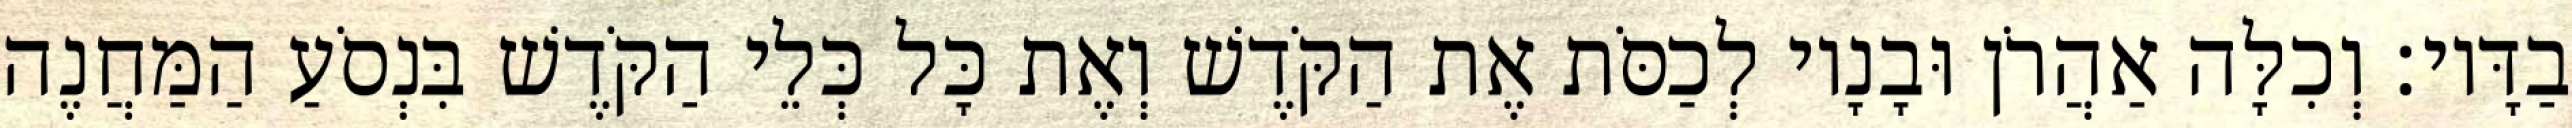
בַדָּיו׃ וְכִלָּה אַהֲרֹן וּבָנָיו לְכַסֹּת אֶת הַקֹּדֶשׁ וְאֶת כָּל כְּלֵי הַקֹּדֶשׁ בִּנְסֹעַ הַמַּחֲנֶה